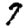
Digit: 7